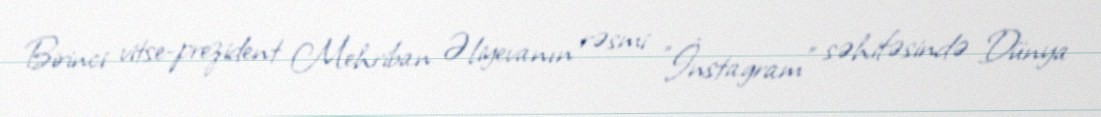
Birinci vitse-prezident Mehriban Əliyevanın rəsmi "İnstagram" səhifəsində Dünya